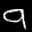
Label: 9